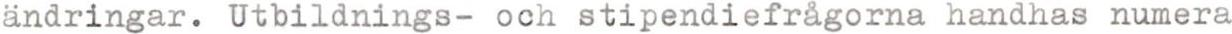
ändringar. Utbildnings- och stipendiefrågorna handhas numera